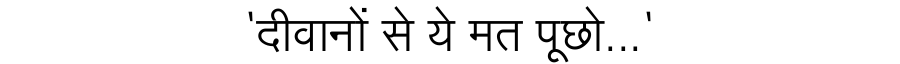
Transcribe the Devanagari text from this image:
'दीवानों से ये मत पूछो...'